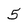
Character: 5